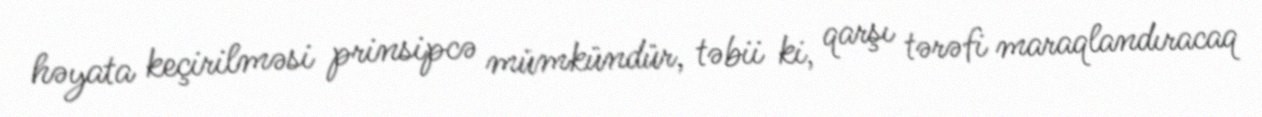
həyata keçirilməsi prinsipcə mümkündür, təbii ki, qarşı tərəfi maraqlandıracaq